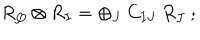
R _ { Q } \otimes R _ { I } = \oplus _ { J } \ C _ { I J } \ R _ { J } \ ;